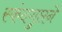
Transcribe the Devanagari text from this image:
स्कंदगुप्तने